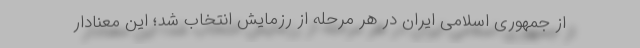
از جمهوری اسلامی ایران در هر مرحله از رزمایش انتخاب شد؛ این معنادار